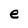
Character: e